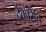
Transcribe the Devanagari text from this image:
देकोरेति